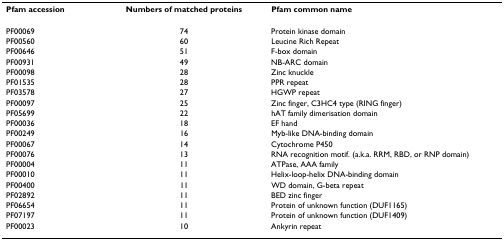
| Pfam accession | Numbers of matched proteins | Pfam common name |
 | --- | --- | --- |
 | PF00069 | 74 | Protein kinase domain |
 | PF00560 | 60 | Leucine Rich Repeat |
 | PF00646 | 51 | F-box domain |
 | PF00931 | 49 | NB-ARC domain |
 | PF00098 | 28 | Zinc knuckle |
 | PF01535 | 28 | PPR repeat |
 | PF03578 | 27 | HGWP repeat |
 | PF00097 | 25 | Zinc finger, C3HC4 type (RING finger) |
 | PF05699 | 22 | hAT family dimerisation domain |
 | PF00036 | 18 | EF hand |
 | PF00249 | 16 | Myb-like DNA-binding domain |
 | PF00067 | 14 | Cytochrome P450 |
 | PF00076 | 13 | RNA recognition motif. (a.k.a. RRM, RBD, or RNP domain) |
 | PF00004 | 11 | ATPase, AAA family |
 | PF00010 | 11 | Helix-loop-helix DNA-binding domain |
 | PF00400 | 11 | WD domain, G-beta repeat |
 | PF02892 | 11 | BED zinc finger |
 | PF06654 | 11 | Protein of unknown function (DUF1165) |
 | PF07197 | 11 | Protein of unknown function (DUF1409) |
 | PF00023 | 10 | Ankyrin repeat |